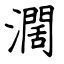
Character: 濶